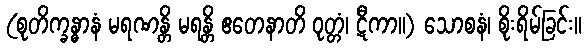
(စုတိက္ခန္ဓာနံ မရဏန္တိ မရန္တိ ဧတေနာတိ ဝုတ္တံ၊ ဋီကာ။) သောစနံ၊ စိုးရိမ်ခြင်း။